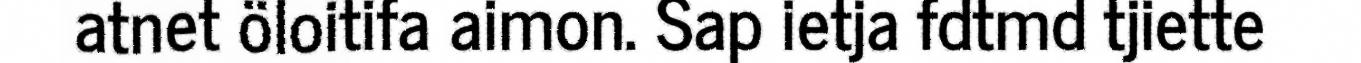
atnet öloitifa aimon. Sap ietja fdtmd tjiette